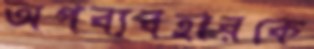
অপব্যবহারকে